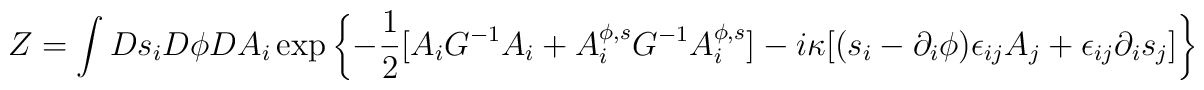
Z=\int Ds_i D\phi DA_i\exp\left\{-\frac{1}{2}[ A_iG^{-1}A_i+ A_i^{\phi,s}G^{-1}A_i^{\phi,s}]- i\kappa [(s_i-\partial_i\phi)\epsilon_{ij}A_j+\epsilon_{ij}\partial_i s_j]\right\}